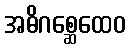
အဓိဂစ္ဆေထေဝ